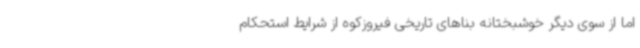
اما از سوی دیگر خوشبختانه بناهای تاریخی فیروزکوه از شرایط استحکام